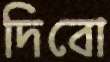
দিবো